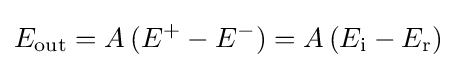
E_{\textrm {out}}=A\,(E^{+}-E^{-})=A\,(E_{\textrm {i}}-E_{\textrm {r}})